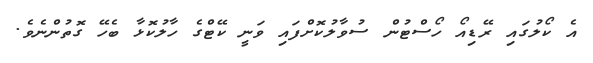
އެ ކޯލުގައި ރޭޑިއޯ ހޯސްޓުން ސުވާލުކޮށްފައި ވަނީ ކޭޓްގެ ހާލުކޮޅާ ބެހޭ ގޮތުންނެވެ.